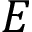
E